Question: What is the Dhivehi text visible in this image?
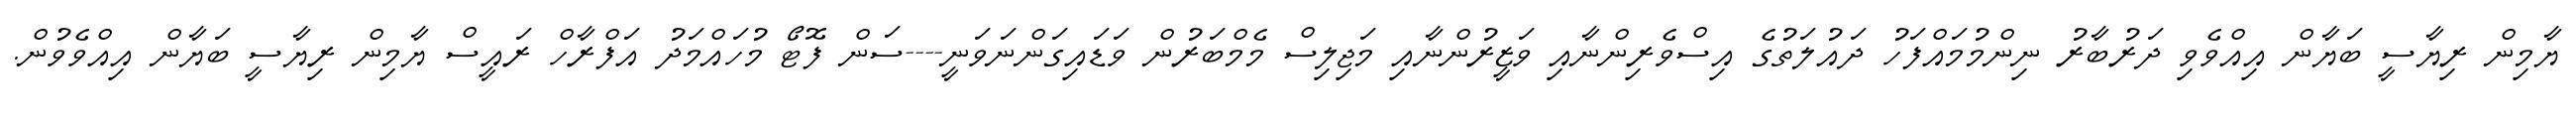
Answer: ޔާމިން ރިޔާސީ ބަޔާން އިއްވެވި ދަރުބާރު ނިންމުމައްފަހު ދައުލަތުގެ އިސްވެރިންނާއި ވަޒީރުންނާއި މަޖިލިސް މެމްބަރުން ވަޑައިގަންނަވަނީ----ސަން ފޮޓޯ މުހައްމަދު އަފްރާހް ރައީސް ޔާމިން ރިޔާސީ ބަޔާން އިއްވެވުން.